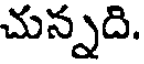
చున్నది.